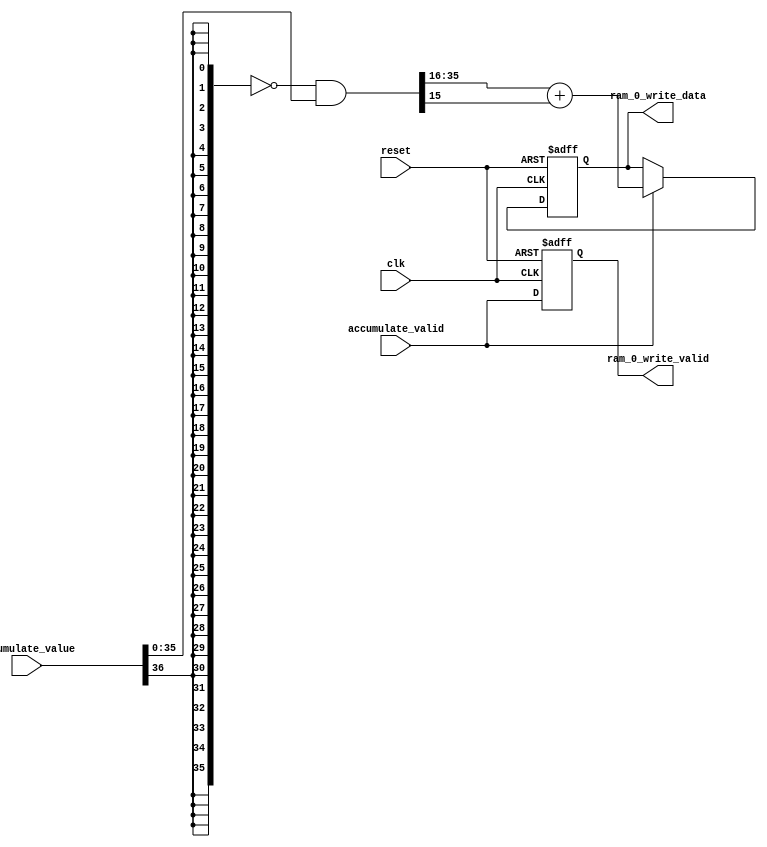
 //==============================================================================
 //  Filename       : 
 //  Component      : 
 //  Description    : 
 //  
 //  
 //==============================================================================

module relu(
  // System Singal
  input wire                  clk,
  input wire                  reset,
  

  // Connect Arbiter 
  output reg  [19:0]          ram_0_write_data,    
  output reg                  ram_0_write_valid,

  // Accumulater
  input wire signed [36:0]    accumulate_value,   // 1 signed + 4 integer + 32 fraction
  input wire                  accumulate_valid

);


  
  reg  [35:0]      relu_value;  // 4 integer + 32 fraction
  reg  [19:0]      rounding;    // 4 integer + 16 fraction

  always@(*)begin
    relu_value = ~{36{accumulate_value[36]}} & accumulate_value[35:0];
    rounding   =  relu_value[35-:20] + relu_value[15];
  end

  always@(posedge clk or posedge reset)begin
    if(reset)begin
      ram_0_write_valid <= 0;
    end
    else begin
      ram_0_write_valid <= accumulate_valid;
    end
  end
 
  always@(posedge clk or posedge reset)begin
    if(reset) begin
      ram_0_write_data <= 0;
    end
    else begin
      if(accumulate_valid) ram_0_write_data <= rounding;
    end
  end
  

endmodule